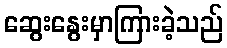
ဆွေးနွေးမှာကြားခဲ့သည်